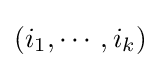
\left(i_{1},\cdots ,i_{k}\right)